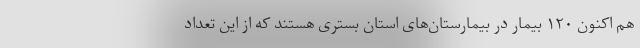
هم اکنون ۱۲۰ بیمار در بیمارستان‌های استان بستری هستند که از این تعداد